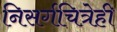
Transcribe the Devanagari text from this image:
निसर्गचित्रेही